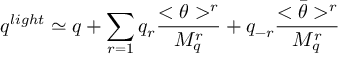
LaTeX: q ^ { l i g h t } \simeq q + \sum _ { r = 1 } q _ { r } \frac { < \theta > ^ { r } } { M _ { q } ^ { r } } + q _ { - r } \frac { < \bar { \theta } > ^ { r } } { M _ { q } ^ { r } }